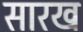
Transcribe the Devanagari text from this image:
सारख